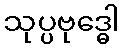
သုပ္ပဗုဒ္ဓေါ